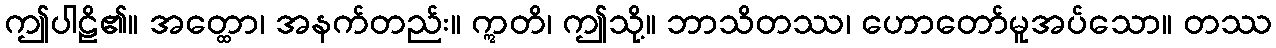
ဤပါဠိ၏။ အတ္ထော၊ အနက်တည်း။ ဣတိ၊ ဤသို့။ ဘာသိတဿ၊ ဟောတော်မူအပ်သော။ တဿ